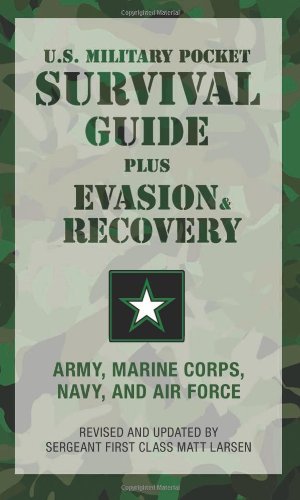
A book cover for U.S. Military Pocket Survival Guide: Plus Evasion & Recovery; U.S. Army  Marine Corps  Navy  and Air Force; History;